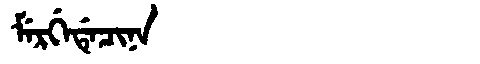
Manchu: ᠮᡝᡵᡤᡝᡩᡝᠴᡳᠨᠠ
Romanization: MERGEDECINA